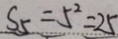
S _ { 5 } = 5 ^ { 2 } = 2 5